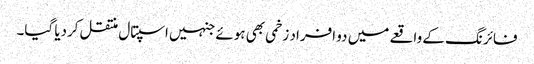
فائرنگ کے واقعے میں دو افراد زخمی بھی ہوئے جنہیں اسپتال منتقل کردیا گیا۔